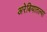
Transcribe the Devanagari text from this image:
अरेबियातल्या